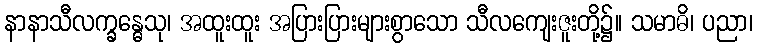
နာနာသီလက္ခန္ဓေသု၊ အထူးထူး အပြားပြားများစွာသော သီလကျေးဇူးတို့၌။ သမာဓိ၊ ပညာ၊